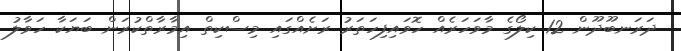
ދަރަނބޫދޫން 12 ކިލޯގެ މާވަހަރެއް ހޮވައިފިހަތަރު ރަށެއްގައި މިސްކިތް އިމާރާތްކުރަން ބަޔަކާ ހަވާލު